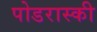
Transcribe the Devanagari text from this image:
पोडरास्की